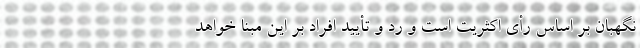
نگهبان بر اساس رأی اکثریت است و رد و تأیید افراد بر این مبنا خواهد